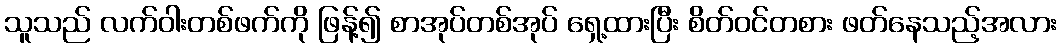
သူသည် လက်ဝါးတစ်ဖက်ကို ဖြန့်၍ စာအုပ်တစ်အုပ် ရှေ့ထားပြီး စိတ်ဝင်တစား ဖတ်နေသည့်အလား